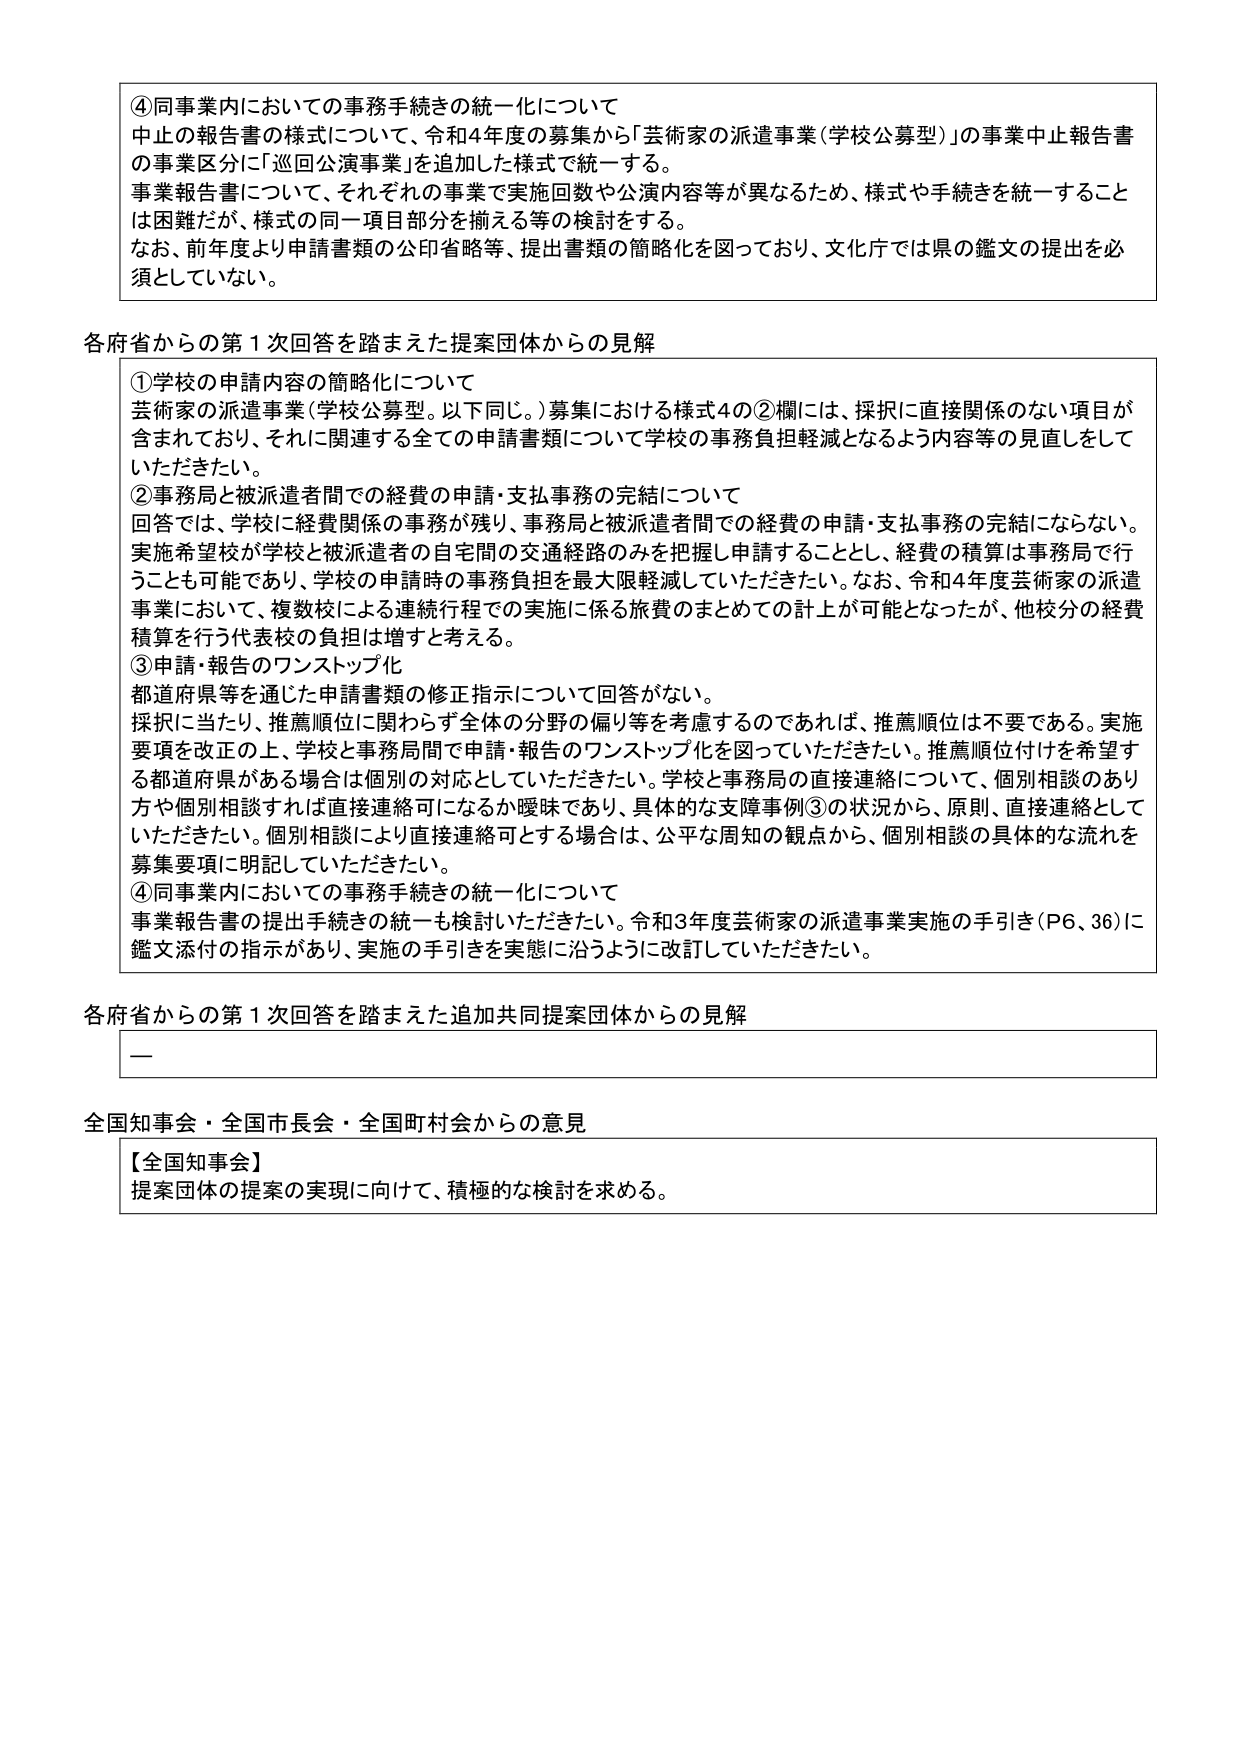
④同事業内においての事務手続きの統一化について
中止の報告書の様式について、令和4年度の募集から「芸術家の派遣事業（学校公募型）」の事業中止報告書の事業区分に「巡回公演事業」を追加した様式で統一する。
事業報告書について、それぞれの事業で実施回数や公演内容等が異なるため、様式や手続きを統一することは困難だが、様式の同一項目部分を揃える等の検討をする。
なお、前年度より申請書類の公印省略等、提出書類の簡略化を図っており、文化庁では県の鑑文の提出を必須としていない。

各府省からの第1次回答を踏まえた提案団体からの見解
①学校の申請内容の簡略化について
芸術家の派遣事業（学校公募型。以下同じ。）募集における様式4の②欄には、採択に直接関係のない項目が含まれており、それに関連する全ての申請書類について学校の事務負担軽減となるよう内容等の見直しをしていただきたい。
②事務局と被派遣者間での経費の申請・支払事務の完結について
回答では、学校に経費関係の事務が残り、事務局と被派遣者間での経費の申請・支払事務の完結にならない。実施希望校が学校と被派遣者の自宅間の交通経路のみを把握し申請することとし、経費の積算は事務局で行うことも可能であり、学校の申請時の事務負担を最大限軽減していただきたい。なお、令和4年度芸術家の派遣事業において、複数校による連続行程での実施に係る旅費のまとめての計上が可能となったが、他校分の経費積算を行う代表校の負担は増すと考える。
③申請・報告のワンストップ化
都道府県等を通じた申請書類の修正指示について回答がない。
採択に当たり、推薦順位に関わらず全体の分野の偏り等を考慮するのであれば、推薦順位は不要である。実施要項を改正の上、学校と事務局間で申請・報告のワンストップ化を図っていただきたい。推薦順位付けを希望する都道府県がある場合は個別の対応としていただきたい。学校と事務局の直接連絡について、個別相談のあり方や個別相談すれば直接連絡可になるか曖昧であり、具体的な支障事例③の状況から、原則、直接連絡としていただきたい。個別相談により直接連絡可とする場合は、公平な周知の観点から、個別相談の具体的な流れを募集要項に明記していただきたい。
④同事業内における事務手続きの統一化について
事業報告書の提出手続きの統一も検討いただきたい。令和3年度芸術家の派遣事業実施の手引き（P6、36）に鑑文添付の指示があり、実施の手引きを実態に沿うように改訂していただきたい。

各府省からの第1次回答を踏まえた追加共同提案団体からの見解
—

全国知事会・全国市長会・全国町村会からの意見
【全国知事会】
提案団体の提案の実現に向けて、積極的な検討を求める。